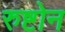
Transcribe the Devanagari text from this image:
रुष्टोन